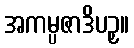
အကမ္ပဇာဒိပဉှ။